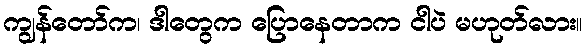
ကျွန်တော်က၊ ဒါတွေက ပြောနေတာက ငါပဲ မဟုတ်လား။